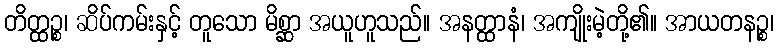
တိတ္ထဉ္စ၊ ဆိပ်ကမ်းနှင့် တူသော မိစ္ဆာ အယူဟူသည်။ အနတ္ထာနံ၊ အကျိုးမဲ့တို့၏။ အာယတနဉ္စ၊